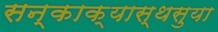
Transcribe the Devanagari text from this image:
सन्काक्यास्थसुया